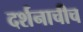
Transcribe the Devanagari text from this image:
दर्शनाचीच